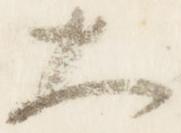
大